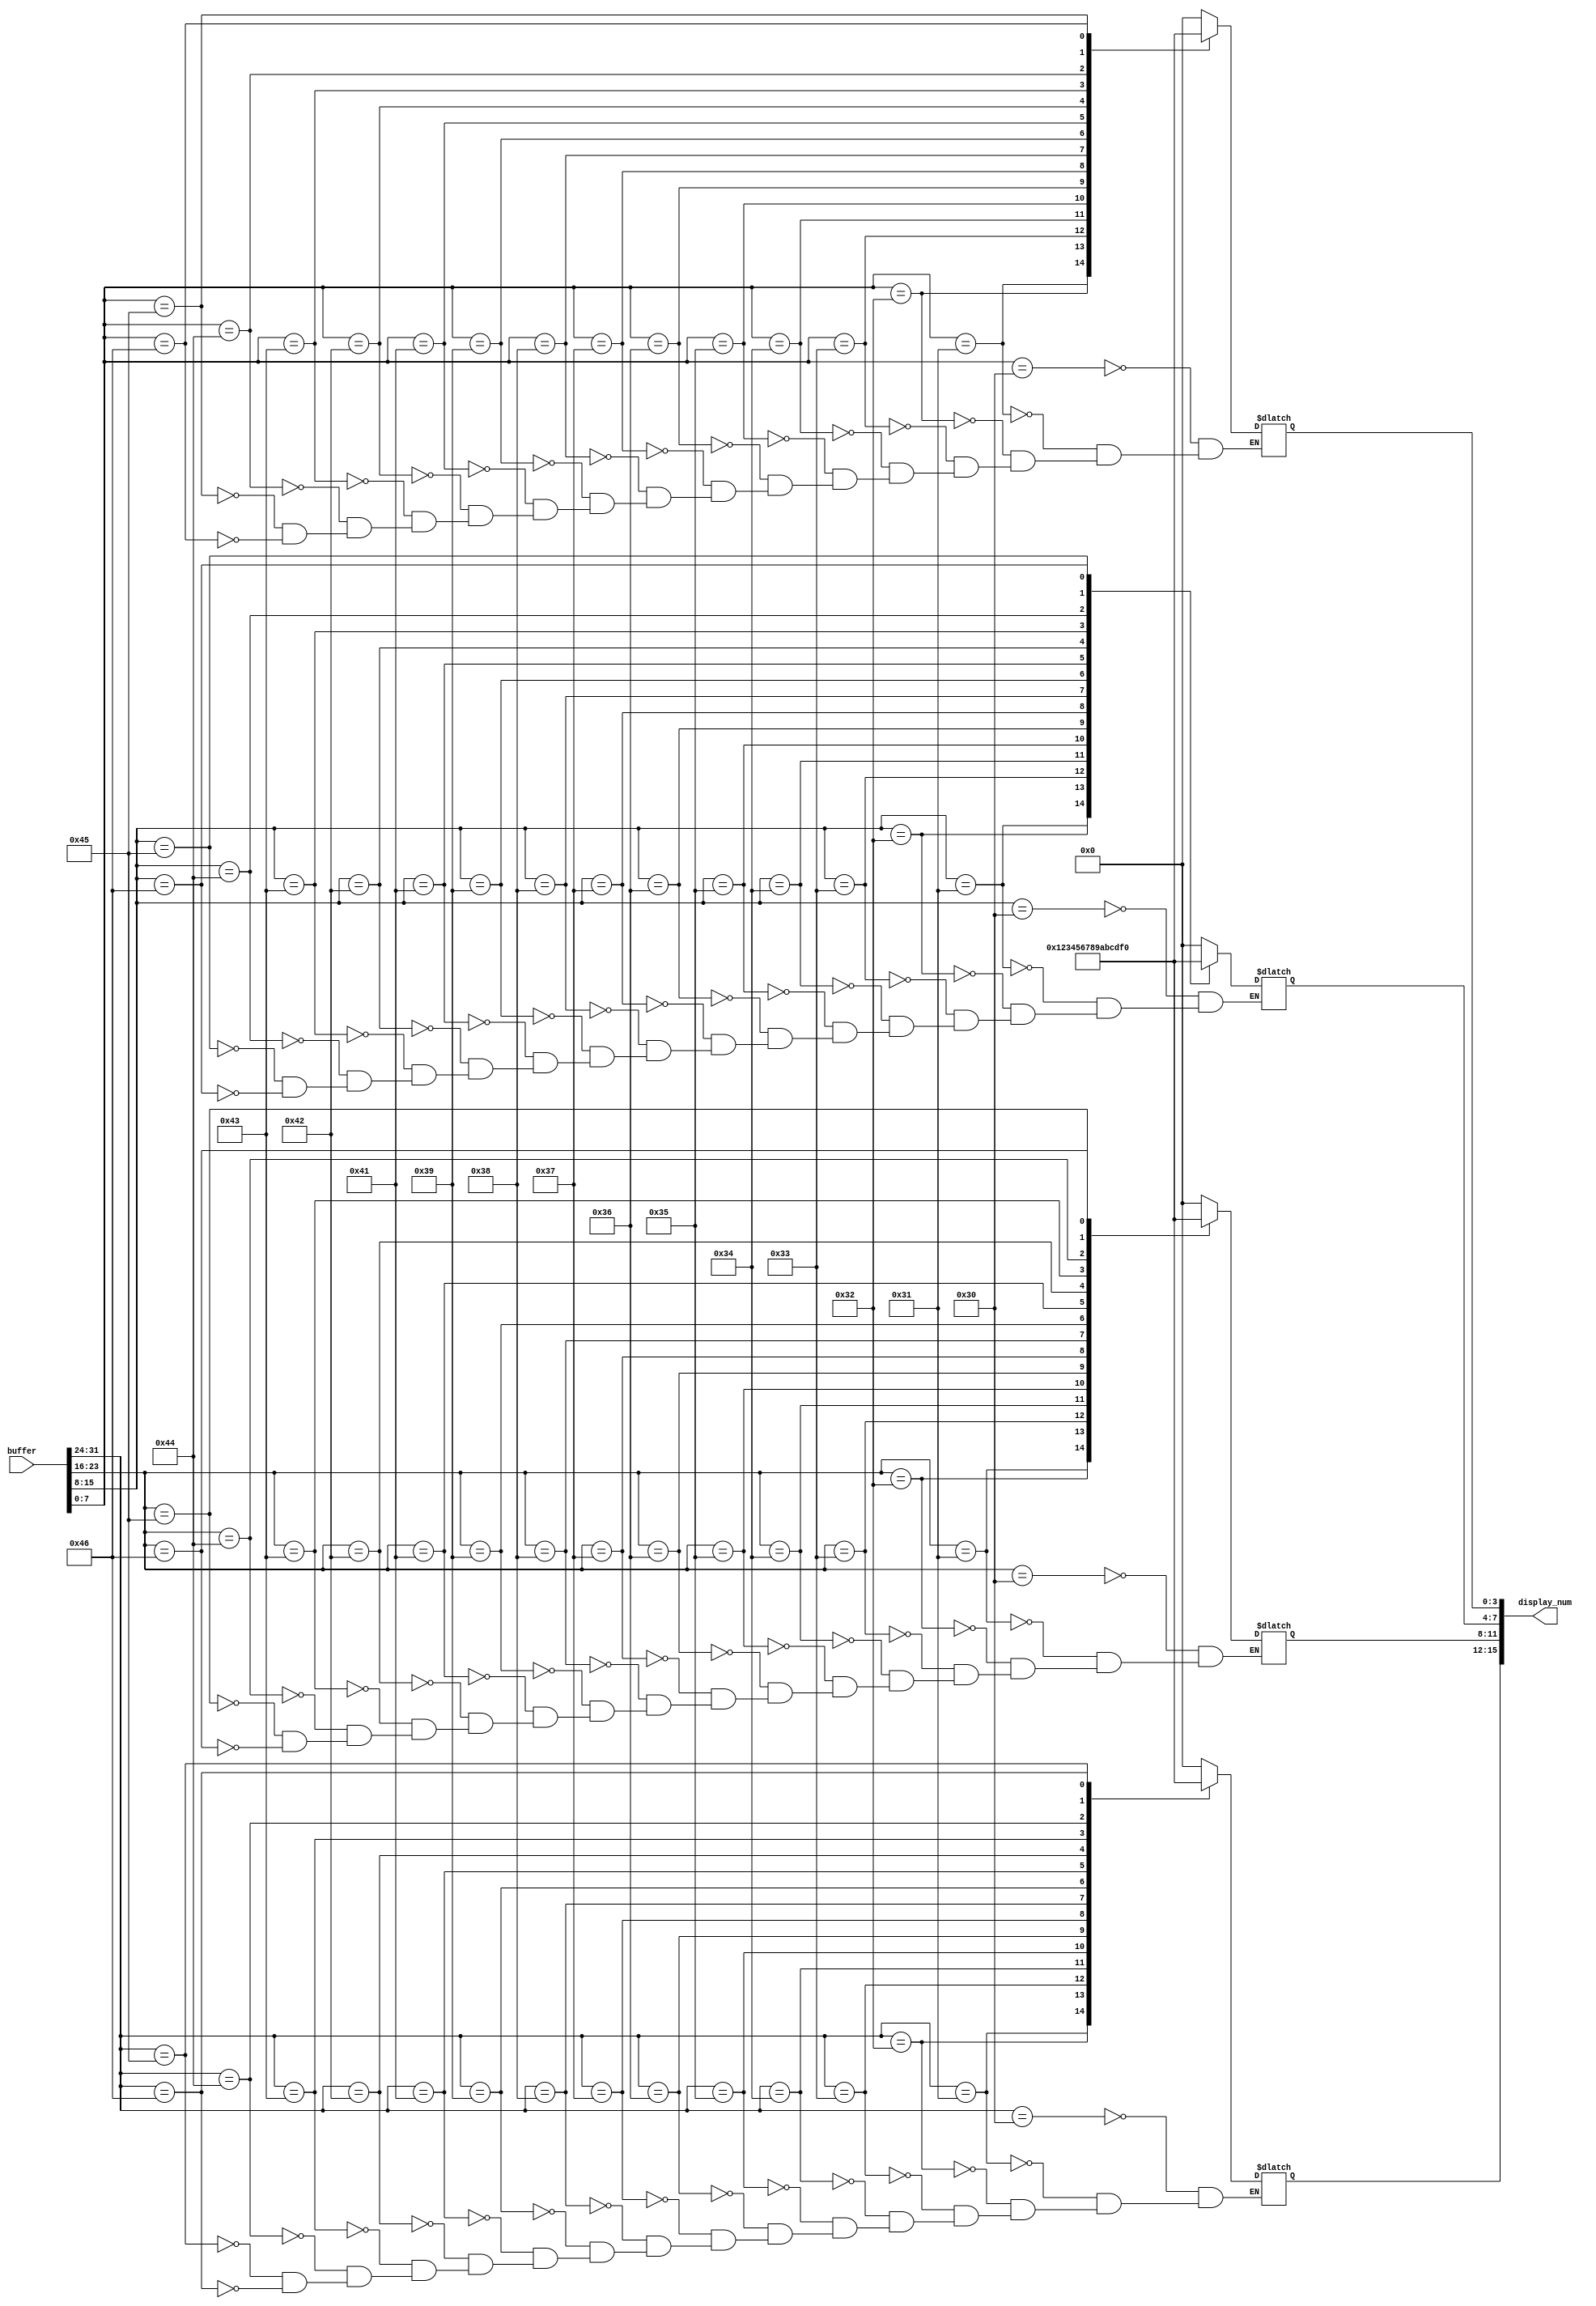
`timescale 1ns / 1ps
//////////////////////////////////////////////////////////////////////////////////
// Company: 
// Engineer: 
// 
// Design Name: 
// Module Name:    ascii_decoder 
// Project Name: 
// Target Devices: 
// Tool versions: 
// Description: 
//
// Dependencies: 
//
// Revision: 
// Revision 0.01 - File Created
// Additional Comments: 
//
//////////////////////////////////////////////////////////////////////////////////
module ascii_decoder(
	input [31:0]buffer,
	output reg [15:0]display_num
	);
	
	
	always @* begin
		case(buffer[7:0])
			8'h30: display_num[3:0]<=4'h0;
			8'h31: display_num[3:0]<=4'h1;
			8'h32: display_num[3:0]<=4'h2;
			8'h33: display_num[3:0]<=4'h3;
			8'h34: display_num[3:0]<=4'h4;
			8'h35: display_num[3:0]<=4'h5;
			8'h36: display_num[3:0]<=4'h6;
			8'h37: display_num[3:0]<=4'h7;
			8'h38: display_num[3:0]<=4'h8;
			8'h39: display_num[3:0]<=4'h9;
			8'h41: display_num[3:0]<=4'ha;
			8'h42: display_num[3:0]<=4'hb;
			8'h43: display_num[3:0]<=4'hc;
			8'h44: display_num[3:0]<=4'hd;
			8'h45: display_num[3:0]<=4'he;
			8'h46: display_num[3:0]<=4'hf;
		endcase
	end
	
	always @* begin
		case(buffer[15:8])
			8'h30: display_num[7:4]<=4'h0;
			8'h31: display_num[7:4]<=4'h1;
			8'h32: display_num[7:4]<=4'h2;
			8'h33: display_num[7:4]<=4'h3;
			8'h34: display_num[7:4]<=4'h4;
			8'h35: display_num[7:4]<=4'h5;
			8'h36: display_num[7:4]<=4'h6;
			8'h37: display_num[7:4]<=4'h7;
			8'h38: display_num[7:4]<=4'h8;
			8'h39: display_num[7:4]<=4'h9;
			8'h41: display_num[7:4]<=4'ha;
			8'h42: display_num[7:4]<=4'hb;
			8'h43: display_num[7:4]<=4'hc;
			8'h44: display_num[7:4]<=4'hd;
			8'h45: display_num[7:4]<=4'he;
			8'h46: display_num[7:4]<=4'hf;
		endcase
	end
	
	always @* begin
		case(buffer[23:16])
			8'h30: display_num[11:8]<=4'h0;
			8'h31: display_num[11:8]<=4'h1;
			8'h32: display_num[11:8]<=4'h2;
			8'h33: display_num[11:8]<=4'h3;
			8'h34: display_num[11:8]<=4'h4;
			8'h35: display_num[11:8]<=4'h5;
			8'h36: display_num[11:8]<=4'h6;
			8'h37: display_num[11:8]<=4'h7;
			8'h38: display_num[11:8]<=4'h8;
			8'h39: display_num[11:8]<=4'h9;
			8'h41: display_num[11:8]<=4'ha;
			8'h42: display_num[11:8]<=4'hb;
			8'h43: display_num[11:8]<=4'hc;
			8'h44: display_num[11:8]<=4'hd;
			8'h45: display_num[11:8]<=4'he;
			8'h46: display_num[11:8]<=4'hf;
		endcase
	end
	
	always @* begin
		case(buffer[31:24])
			8'h30: display_num[15:12]<=4'h0;
			8'h31: display_num[15:12]<=4'h1;
			8'h32: display_num[15:12]<=4'h2;
			8'h33: display_num[15:12]<=4'h3;
			8'h34: display_num[15:12]<=4'h4;
			8'h35: display_num[15:12]<=4'h5;
			8'h36: display_num[15:12]<=4'h6;
			8'h37: display_num[15:12]<=4'h7;
			8'h38: display_num[15:12]<=4'h8;
			8'h39: display_num[15:12]<=4'h9;
			8'h41: display_num[15:12]<=4'ha;
			8'h42: display_num[15:12]<=4'hb;
			8'h43: display_num[15:12]<=4'hc;
			8'h44: display_num[15:12]<=4'hd;
			8'h45: display_num[15:12]<=4'he;
			8'h46: display_num[15:12]<=4'hf;
		endcase
	end
	

endmodule